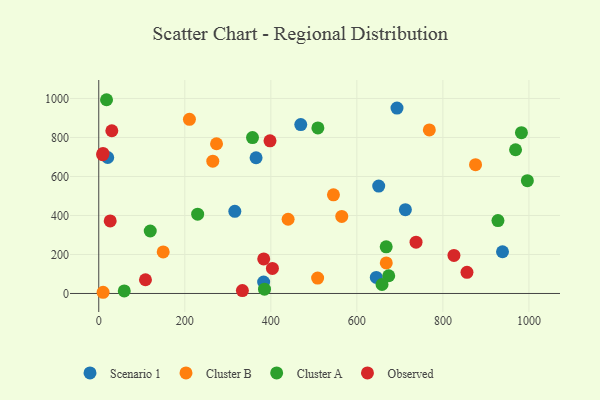
{"axis": {"x": "Study Hours", "y": "Rating"}, "legend": ["Cluster A", "Cluster B", "Observed", "Scenario 1"], "data": [{"x": "645.2", "y": 82.1, "type": "Scenario 1"}, {"x": "383.3", "y": 58.5, "type": "Scenario 1"}, {"x": "693.3", "y": 950.9, "type": "Scenario 1"}, {"x": "650.8", "y": 550.9, "type": "Scenario 1"}, {"x": "469.6", "y": 866.2, "type": "Scenario 1"}, {"x": "938.6", "y": 213.9, "type": "Scenario 1"}, {"x": "20.8", "y": 697.3, "type": "Scenario 1"}, {"x": "365.7", "y": 696.0, "type": "Scenario 1"}, {"x": "712.8", "y": 429.8, "type": "Scenario 1"}, {"x": "316.3", "y": 421.5, "type": "Scenario 1"}, {"x": "545.6", "y": 505.9, "type": "Cluster B"}, {"x": "440.2", "y": 380.7, "type": "Cluster B"}, {"x": "768.5", "y": 838.8, "type": "Cluster B"}, {"x": "273.8", "y": 767.7, "type": "Cluster B"}, {"x": "10.1", "y": 6.2, "type": "Cluster B"}, {"x": "875.9", "y": 660.3, "type": "Cluster B"}, {"x": "668.4", "y": 156.9, "type": "Cluster B"}, {"x": "265.1", "y": 678.5, "type": "Cluster B"}, {"x": "210.8", "y": 893.0, "type": "Cluster B"}, {"x": "564.9", "y": 395.2, "type": "Cluster B"}, {"x": "508.8", "y": 79.1, "type": "Cluster B"}, {"x": "149.8", "y": 213.1, "type": "Cluster B"}, {"x": "968.9", "y": 737.1, "type": "Cluster A"}, {"x": "119.7", "y": 320.5, "type": "Cluster A"}, {"x": "928.0", "y": 374.0, "type": "Cluster A"}, {"x": "59.3", "y": 13.2, "type": "Cluster A"}, {"x": "229.9", "y": 406.6, "type": "Cluster A"}, {"x": "674.1", "y": 91.0, "type": "Cluster A"}, {"x": "982.6", "y": 824.5, "type": "Cluster A"}, {"x": "385.3", "y": 22.0, "type": "Cluster A"}, {"x": "996.4", "y": 578.6, "type": "Cluster A"}, {"x": "658.5", "y": 46.1, "type": "Cluster A"}, {"x": "509.4", "y": 848.7, "type": "Cluster A"}, {"x": "668.2", "y": 239.0, "type": "Cluster A"}, {"x": "18.1", "y": 993.5, "type": "Cluster A"}, {"x": "357.4", "y": 799.3, "type": "Cluster A"}, {"x": "398.1", "y": 782.6, "type": "Observed"}, {"x": "737.6", "y": 263.1, "type": "Observed"}, {"x": "333.9", "y": 14.9, "type": "Observed"}, {"x": "9.0", "y": 712.0, "type": "Observed"}, {"x": "108.6", "y": 70.3, "type": "Observed"}, {"x": "26.6", "y": 371.8, "type": "Observed"}, {"x": "856.0", "y": 108.4, "type": "Observed"}, {"x": "825.7", "y": 194.9, "type": "Observed"}, {"x": "403.7", "y": 128.6, "type": "Observed"}, {"x": "9.9", "y": 718.1, "type": "Observed"}, {"x": "383.5", "y": 177.1, "type": "Observed"}, {"x": "30.4", "y": 834.4, "type": "Observed"}]}